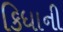
કિધાની